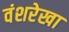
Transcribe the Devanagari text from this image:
वंशरेखा